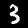
Label: 3